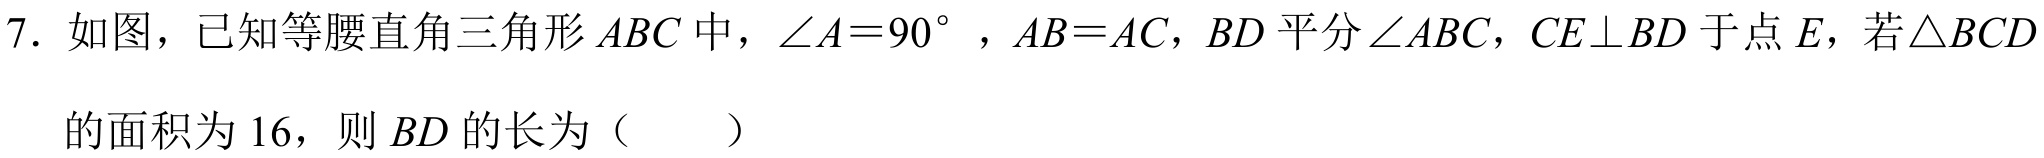
7. 如图，已知等腰直角三角形$ABC$中，$\angle A = 90^{\circ}$，$AB = AC$，$BD$平分$\angle ABC$，$CE\perp BD$于点$E$，若$\triangle BCD$
的面积为$16$，则$BD$的长为（  ）